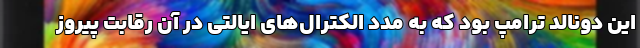
این دونالد ترامپ بود که به مدد الکترال‌های ایالتی در آن رقابت پیروز